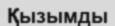
Қызымды